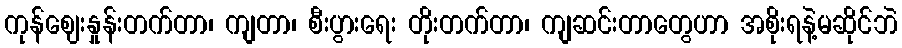
ကုန်ဈေးနှုန်းတက်တာ၊ ကျတာ၊ စီးပွားရေး တိုးတက်တာ၊ ကျဆင်းတာတွေဟာ အစိုးရနဲ့မဆိုင်ဘဲ